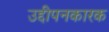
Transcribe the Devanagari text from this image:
उद्दीपनकारक